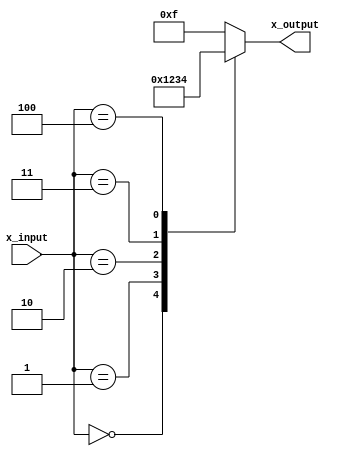
module x_case_statement (
    input wire [2:0] x_input,
    output reg [3:0] x_output
);

always @(*) begin
    case(x_input)
        3'b000: x_output = 4'b0000;
        3'b001: x_output = 4'b0001;
        3'b010: x_output = 4'b0010;
        3'b011: x_output = 4'b0011;
        3'b100: x_output = 4'b0100;
        default: x_output = 4'b1111;
    endcase
end

endmodule